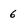
Character: 6